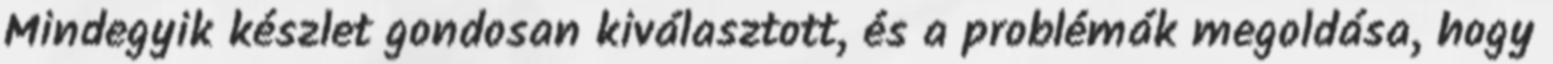
Mindegyik készlet gondosan kiválasztott, és a problémák megoldása, hogy